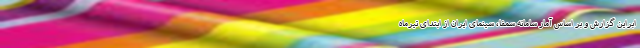
ابراین گزارش و بر اساس آمار سامانه سمفا، سینمای ایران از ابتدای تیرماه